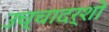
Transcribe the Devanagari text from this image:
उच्चादर्शो